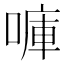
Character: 𠺟